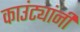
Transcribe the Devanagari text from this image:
काउंट्यांनी